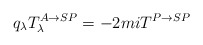
\begin{align*}q_\lambda T^{A\rightarrow SP}_\lambda =-2miT^{P\rightarrow SP}\end{align*}